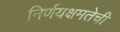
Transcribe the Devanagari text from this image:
निर्णयक्षमतेची